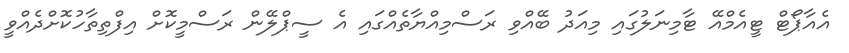
އެއާޕޯޓް ޓީއެމްއޭ ޓާމިނަލުގައި މިއަދު ބޭއްވި ރަސްމިއްޔާތެއްގައި އެ ސީޕްލޭން ރަސްމީކޮށް އިފްތިތާހުކޮށްދެއްވީ